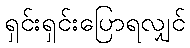
ရှင်းရှင်းပြောရလျှင်